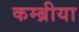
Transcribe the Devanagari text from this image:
कम्ब्रीया